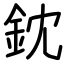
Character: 鈂